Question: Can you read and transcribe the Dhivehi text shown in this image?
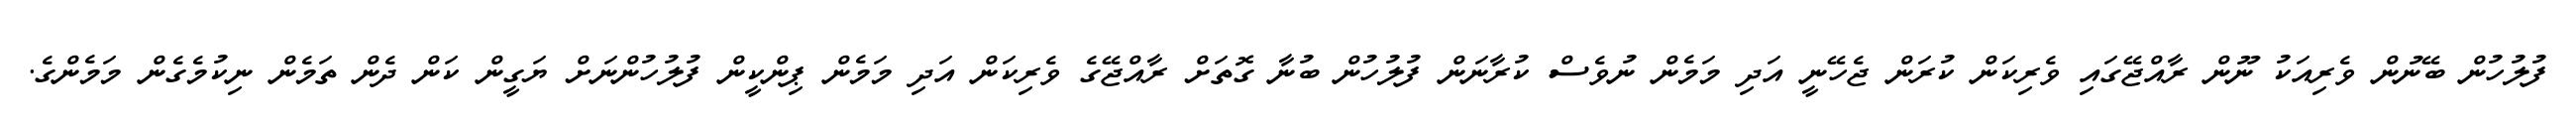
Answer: ފުލުހުން ބޭނުން ވެރިއަކު ނޫން ރާއްޖޭގައި ވެރިކަން ކުރަން ޖެހޭނީ އަދި މަމެން ނުވެސް ކުރާނަން ފުލުހުން ބުނާ ގޮތަށް ރާއްޖޭގެ ވެރިކަން އަދި މަމެން ޕިންކީން ފުލުހުންނަށް ޔަގީން ކަން ދެން ތަމެން ނިކުމެގެން މަމެންގެ.